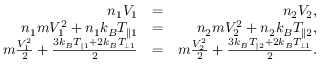
\begin{array} { r l r } { n _ { 1 } V _ { 1 } } & { = } & { n _ { 2 } V _ { 2 } , } \\ { n _ { 1 } m V _ { 1 } ^ { 2 } + n _ { 1 } k _ { B } T _ { \parallel 1 } } & { = } & { n _ { 2 } m V _ { 2 } ^ { 2 } + n _ { 2 } k _ { B } T _ { \parallel 2 } , } \\ { m \frac { V _ { 1 } ^ { 2 } } { 2 } + \frac { 3 k _ { B } T _ { \parallel 1 } + 2 k _ { B } T _ { \perp 1 } } { 2 } } & { = } & { m \frac { V _ { 2 } ^ { 2 } } { 2 } + \frac { 3 k _ { B } T _ { \parallel 2 } + 2 k _ { B } T _ { \perp 1 } } { 2 } . } \end{array}